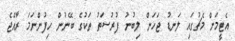
އެޓީމަށް މެޗުގައި ލަނޑު ޖަހަން ލިބުނު ފުރުސަތު ތަކުގެ ބޭނުން ހިފުންނަމަ ރާއްޖެ